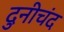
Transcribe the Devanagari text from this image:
दुनीचंद